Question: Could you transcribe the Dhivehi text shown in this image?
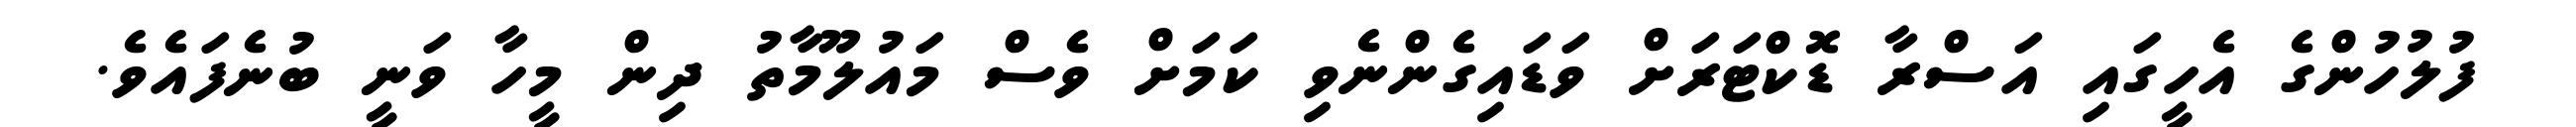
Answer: ފުލުހުންގެ އެހީގައި އަސްރާ ޑޮކްޓަރަށް ވަޑައިގެންނެވި ކަމަށް ވެސް މައުލޫމާތު ދިން މީހާ ވަނީ ބުނެފައެވެ.